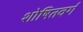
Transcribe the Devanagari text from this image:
शोषितवर्ग